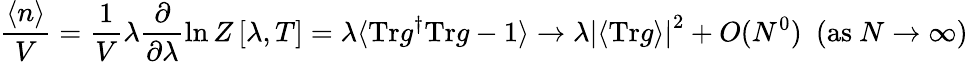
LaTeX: \frac{\langle n\rangle}{V}=\frac{1}{V}\lambda\frac{\partial}{\partial\lambda}\ln Z\left[\lambda,T\right]=\lambda\langle\mathrm{Tr}g^{\dagger}\mathrm{Tr}g-1\rangle\rightarrow\lambda\left|\left<\mathrm{Tr}g\right>\right|^{2}+O(N^{0})~~(\mathrm{as}~N\rightarrow\infty)